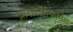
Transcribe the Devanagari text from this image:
प्रोसेलॅरीफॉर्मेस